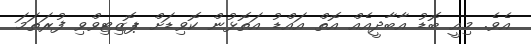
އެވެ. މިއީ ބޮޑު އާބާދީއެއް އޮތް އައްޑު އަތޮޅުން ކޮވިޑަށް ޕޮޒިޓިވްވި ފުރަތަމަ